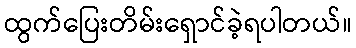
ထွက်ပြေးတိမ်းရှောင်ခဲ့ရပါတယ်။